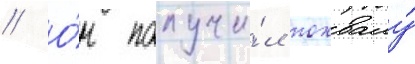
// О́н получи́л похвалу́